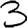
Digit: 3